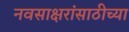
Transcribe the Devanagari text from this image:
नवसाक्षरांसाठीच्या